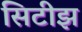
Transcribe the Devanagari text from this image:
सिटीझ